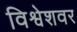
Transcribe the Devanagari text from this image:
विश्वेशवर